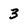
Character: 3